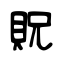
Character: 貺